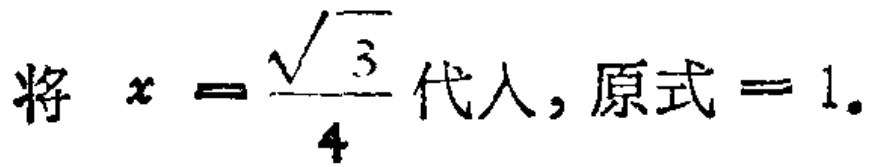
将 \(x = \frac{\sqrt{3}}{4}\) 代入，原式 \(= 1\)。